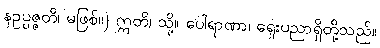
နဥပ္ပဇ္ဇတိ၊ မဖြစ်။) ဣတိ၊ သို့။ ပေါရာဏာ၊ ရှေးပညာရှိတို့သည်။